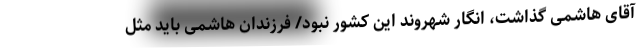
آقای هاشمی گذاشت، انگار شهروند این کشور نبود/ فرزندان هاشمی باید مثل